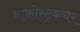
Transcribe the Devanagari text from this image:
माक्रोस्ट्रकचर